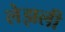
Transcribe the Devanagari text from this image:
लेझली